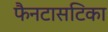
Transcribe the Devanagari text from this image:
फैनटासटिका